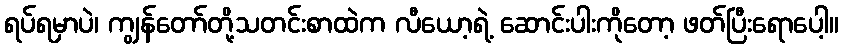
ရပ်ရမှာပဲ၊ ကျွန်တော်တို့သတင်းစာထဲက လီယော့ရဲ့ ဆောင်းပါးကိုတော့ ဖတ်ပြီးရောပေါ့။